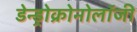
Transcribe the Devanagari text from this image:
डेन्ड्रोक्रोनोलॉजी